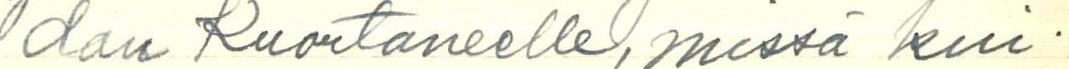
dan Kuortaneelle, missä kui-